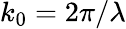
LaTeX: k_{0}=2\pi/\lambda